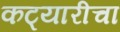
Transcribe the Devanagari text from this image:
कट्यारीचा